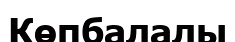
Көпбалалы